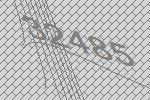
32485